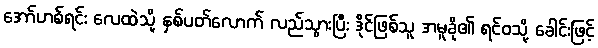
အော်ဟစ်ရင်း လေထဲသို့ နှစ်ပတ်လောက် လည်သွားပြီး ဒိုင်ဖြစ်သူ အမူခို၏ ရင်ဝသို့ ခေါင်းဖြင့်